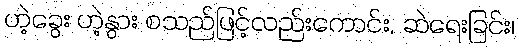
ဟဲ့ခွေး ဟဲ့နွား စသည်ဖြင့်လည်းကောင်း, ဆဲရေးခြင်း၊